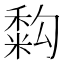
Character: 𥡚